Medical and sanitary report of the native army of Bengal for the year
Year: 1876
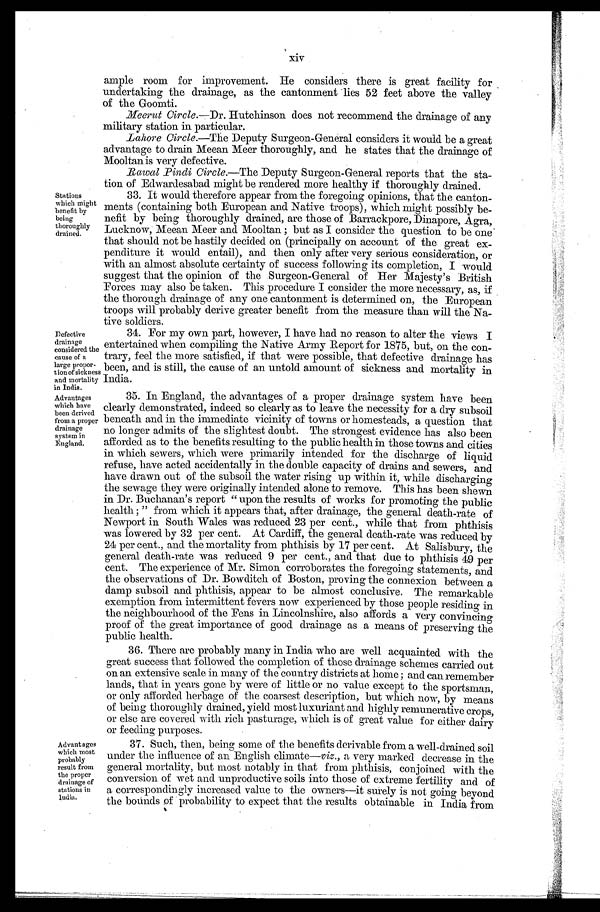
Defective
drainage
considered the
cause of a
large propor-
tion of sickness
and mortality
in India.
Advantages
which have
been derived
from a proper
drainage
system in
England.
Stations
which might
benefit by
being
thoroughly
drained.
xiv
ample room for improvement. He considers there is great facility for
undertaking the drainage, as the cantonment lies 52 feet above the valley
of the Goomti.
Meerut Circle.—Dr. Hutchinson does not recommend the drainage of any
military station in particular.
Lahore Circle.—The Deputy Surgeon-General considers it would be a great
advantage to drain Meean Meer thoroughly, and he states that the drainage of
Mooltan is very defective.
Rawal Pindi Circle.—The Deputy Surgeon-General reports that the sta-
tion of Edwardesabad might be rendered more healthy if thoroughly drained.
33. It would therefore appear from the foregoing opinions, that the canton-
ments (containing both European and Native troops), which might possibly be-
nefit by being thoroughly drained, are those of Barrackpore, Dinapore, Agra,
Lucknow, Meean Meer and Mooltan ; but as I consider the question to be one
that should not be hastily decided on (principally on account of the great ex-
penditure it would entail), and then only after very serious consideration, or
with an almost absolute certainty of success following its completion, I would
suggest that the opinion of the Surgeon-General of Her Majesty's British
Forces may also be taken. This procedure I consider the more necessary, as, if
the thorough drainage of any one cantonment is determined on, the European
troops will probably derive greater benefit from the measure than will the Na-
tive soldiers.
34. For my own part, however, I have had no reason to alter the views I
entertained when compiling the Native Army Report for 1875, but, on the con-
trary, feel the more satisfied, if that were possible, that defective drainage has
been, and is still, the cause of an untold amount of sickness and mortality in India.
35. In England, the advantages of a proper drainage system have been
clearly demonstrated, indeed so clearly as to leave the necessity for a dry subsoil
beneath and in the immediate vicinity of towns or homesteads, a question that
no longer admits of the slightest doubt. The strongest evidence has also been
afforded as to the benefits resulting to the public health in those towns and cities
in which sewers, which were primarily intended for the discharge of liquid
refuse, have acted accidentally in the double capacity of drains and sewers, and
have drawn out of the subsoil the water rising up within it, while discharging
the sewage they were originally intended alone to remove. This has been shewn
in Dr. Buchanan's report " upon the results of works for promoting the public
health ; " from which it appears that, after drainage, the general death-rate of
Newport in South Wales was reduced 23 per cent., while that from phthisis
was lowered by 32 per cent. At Cardiff, the general death-rate was reduced by
24 per cent., and the mortality from phthisis by 17 per cent. At Salisbury, the
general death-rate was reduced 9 per cent., and that due to phthisis 49 per
cent. The experience of Mr. Simon corroborates the foregoing statements, and
the observations of Dr. Bowditch of Boston, proving the connexion between a
damp subsoil and phthisis, appear to be almost conclusive. The remarkable
exemption from intermittent fevers now experienced by those people residing in
the neighbourhood of the Fens in Lincolnshire, also affords a very convincing
proof of the great importance of good drainage as a means of preserving the
public health.
36. There are probably many in India who are well acquainted with the
great success that followed the completion of those drainage schemes carried out
on an extensive scale in many of the country districts at home ; and can remember
lands, that in years gone by were of little or no value except to the sportsman,
or only afforded herbage of the coarsest description, but which now, by means
of being thoroughly drained, yield most luxuriant and highly remunerative crops,
or else are covered with rich pasturage, which is of great value for either dairy
or feeding purposes.
Advantages
which most
probably
result from
the proper
drainage of
stations in India.
37. Such, then, being some of the benefits derivable from a well-drained soil
under the influence of an English climate—viz ., a very marked decrease in the
general mortality, but most notably in that from phthisis, conjoined with the
conversion of wet and unproductive soils into those of extreme fertility and of
a correspondingly increased value to the owners—it surely is not going beyond
the bounds ofp r o b a b i l i t y t o e x p e c t t h a t t h e r e s u l t s o b t a i n a b l ei
n I n d i a f r o m